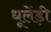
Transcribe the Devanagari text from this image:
धूलेंड़ी